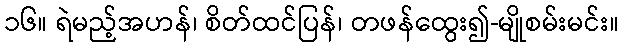
၁၆။ ရဲမည့်အဟန်၊ စိတ်ထင်ပြန်၊ တဖန်ထွေး၍-မျိုစမ်းမင်း။